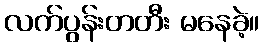
လက်ပွန်းတတီး မနေခဲ့။